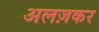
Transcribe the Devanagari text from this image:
अलज़कर